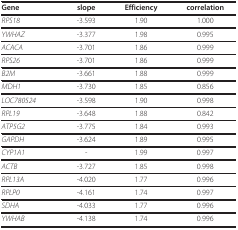
<table><thead><tr><td><b>Gene</b></td><td><b>slope</b></td><td><b>Efficiency</b></td><td><b>correlation</b></td></tr></thead><tbody><tr><td><i>RPS18</i></td><td>-3.593</td><td>1.90</td><td>1.000</td></tr><tr><td><i>YWHAZ</i></td><td>-3.377</td><td>1.98</td><td>0.995</td></tr><tr><td><i>ACACA</i></td><td>-3.701</td><td>1.86</td><td>0.999</td></tr><tr><td><i>RPS26</i></td><td>-3.701</td><td>1.86</td><td>0.999</td></tr><tr><td><i>B2M</i></td><td>-3.661</td><td>1.88</td><td>0.999</td></tr><tr><td><i>MDH1</i></td><td>-3.730</td><td>1.85</td><td>0.856</td></tr><tr><td><i>LOC780524</i></td><td>-3.598</td><td>1.90</td><td>0.998</td></tr><tr><td><i>RPL19</i></td><td>-3.648</td><td>1.88</td><td>0.842</td></tr><tr><td><i>ATP5G2</i></td><td>-3.775</td><td>1.84</td><td>0.993</td></tr><tr><td><i>GAPDH</i></td><td>-3.624</td><td>1.89</td><td>0.995</td></tr><tr><td><i>CYP1A1</i></td><td>-</td><td>1.99</td><td>0.997</td></tr><tr><td><i>ACTB</i></td><td>-3.727</td><td>1.85</td><td>0.998</td></tr><tr><td><i>RPL13A</i></td><td>-4.020</td><td>1.77</td><td>0.996</td></tr><tr><td><i>RPLP0</i></td><td>-4.161</td><td>1.74</td><td>0.997</td></tr><tr><td><i>SDHA</i></td><td>-4.033</td><td>1.77</td><td>0.996</td></tr><tr><td><i>YWHAB</i></td><td>-4.138</td><td>1.74</td><td>0.996</td></tr></tbody></table>